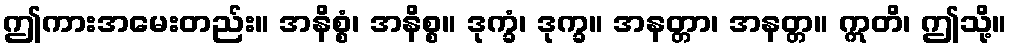
ဤကားအမေးတည်း။ အနိစ္စံ၊ အနိစ္စ။ ဒုက္ခံ၊ ဒုက္ခ။ အနတ္တာ၊ အနတ္တ။ ဣတိ၊ ဤသို့။